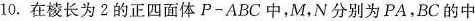
10.在棱长为2的正四面体P-ABC中，M，N分别为PA，BC的中